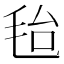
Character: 𣭆